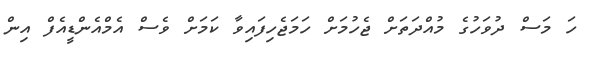
ހަ މަސް ދުވަހުގެ މުއްދަތަށް ޖެހުމަށް ހަމަޖެހިފައިވާ ކަމަށް ވެސް އެމްއެންޑީއެފް އިން